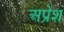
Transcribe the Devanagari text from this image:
अप्रेश